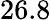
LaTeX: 26.8